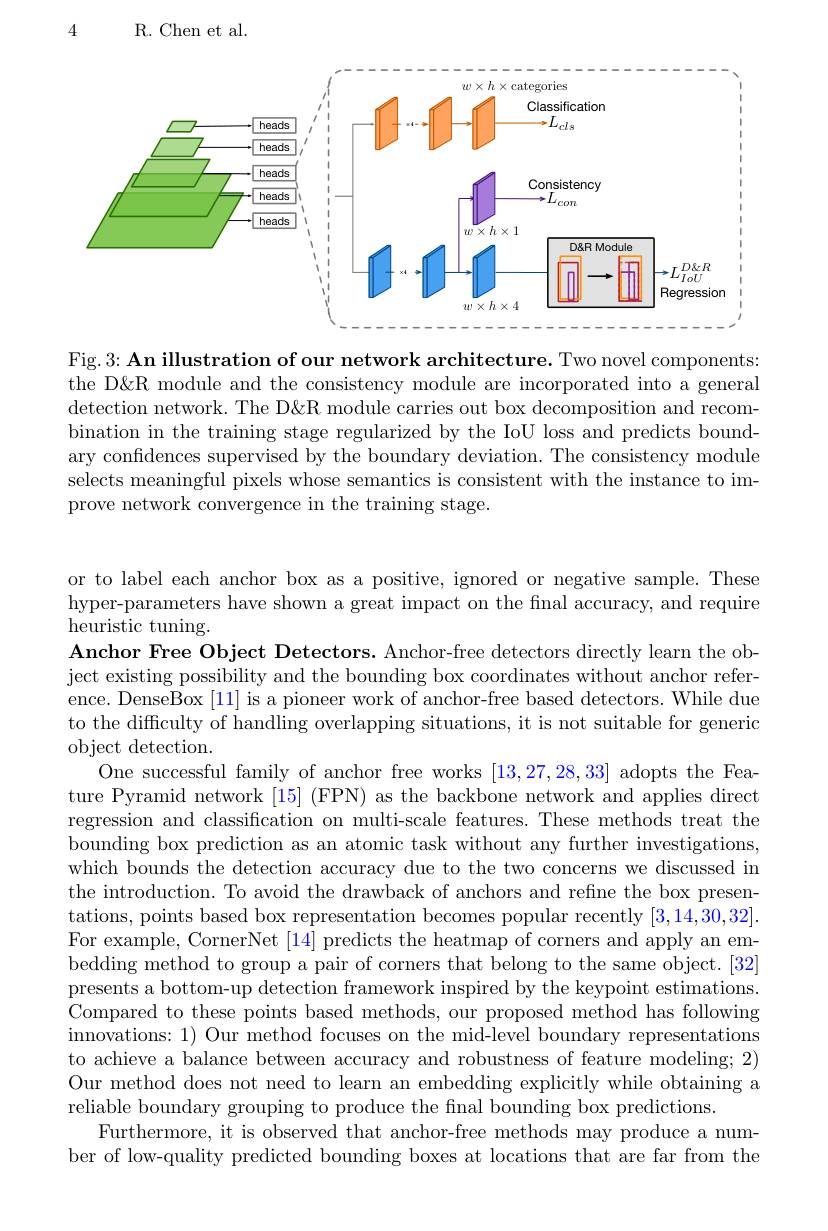
4

R. Chen et al.

<FigureHere>

Fig.3: An illustration of our network architecture. Two novel components: the D&R module and the consistency module are incorporated into a general detection network. The D&R module carries out box decomposition and recombination in the training stage regularized by the IoU loss and predicts boundary confidences supervised by the boundary deviation. The consistency module selects meaningful pixels whose semantics is consistent with the instance to improve network convergence in the training stage.

or to label each anchor box as a positive, ignored or negative sample. These hyper-parameters have shown a great impact on the final accuracy, and require $\tilde{\text{heuristic tuning}}.$
Anchor Free Object Detectors. Anchor-free detectors directly learn the object existing possibility and the bounding box coordinates without anchor reference. DenseBox [11] is a pioneer work of anchor-free based detectors. While due to the difficulty of handling overlapping situations, it is not suitable for generic object detection.
One successful family of anchor free works [13,27,28,33] adopts the Feature Pyramid network [15] (FPN) as the backbone network and applies direct regression and classification on multi-scale features. These methods treat the bounding box prediction as an atomic task without any further investigations, which bounds the detection accuracy due to the two concerns we discussed in the introduction. To avoid the drawback of anchors and refine the box presentations, points based box representation becomes popular recently [3,14,30,32]. For example, CornerNet [14] predicts the heatmap of corners and apply an embedding method to group a pair of corners that belong to the same object. [32] presents a bottom-up detection framework inspired by the keypoint estimations. Compared to these points based methods, our proposed method has following innovations: 1) Our method focuses on the mid-level boundary representations to achieve a balance between accuracy and robustness of feature modeling; 2) Our method does not need to learn an embedding explicitly while obtaining a reliable boundary grouping to produce the fnal bounding box predictions.
Furthermore, it is observed that anchor-free methods may produce a number of low-quality predicted bounding boxes at locations that are far from the